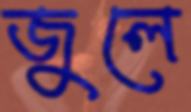
জুলে